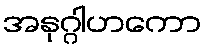
အနုဂ္ဂါဟကော